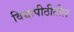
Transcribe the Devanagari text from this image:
विद्यापीठीतील